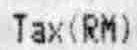
TAX(RM)